Mental hospitals Bombay report 1921-28 - 1921-1928
Year: 1921
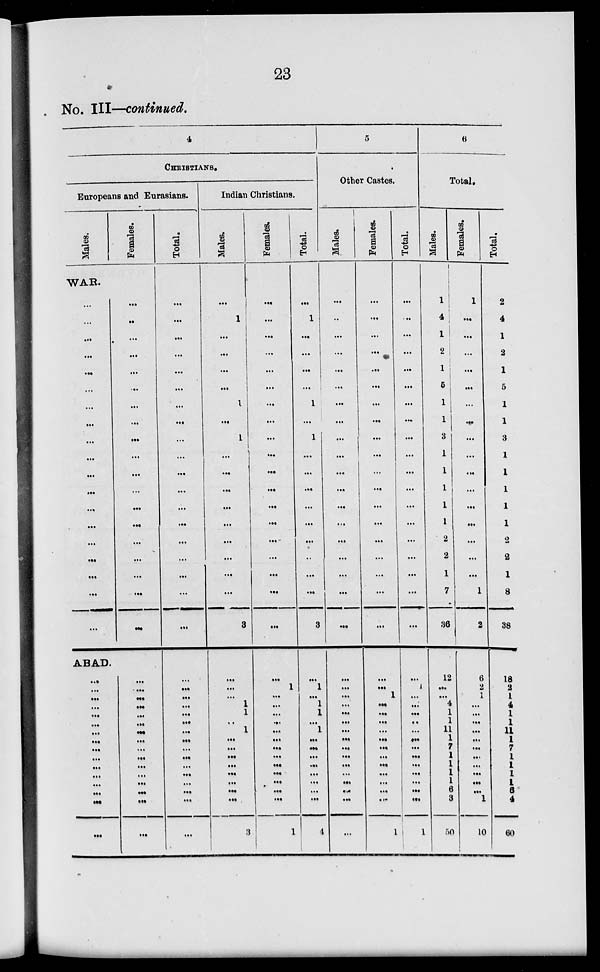
23
No. III—continued.
4
CHRISTIANS.
Europeans and Eurasians.
Males.
Females.
WAR.
...
...
...
...
...
...
...
...
...
...
...
...
...
...
...
...
...
...
...
...
...
...
...
...
...
...
...
...
...
...
...
...
...
...
...
...
...
...
ABAD.
...
...
...
...
...
...
...
...
...
...
...
...
...
...
...
...
...
...
...
...
...
...
...
...
...
...
...
...
...
...
...
...
Total.
...
...
...
...
...
...
...
...
...
...
...
...
...
...
...
...
...
...
...
...
...
...
...
...
...
...
...
...
...
...
...
...
...
...
...
Indian Christians.
Males.
...
1
...
...
...
...
1
...
1
...
...
...
...
...
...
...
...
...
3
...
...
...
1
1
...
1
...
...
...
...
...
...
...
...
3
Females.
...
...
...
...
...
...
...
...
...
...
...
...
...
...
...
...
...
...
...
...
1
...
...
...
...
...
...
...
...
...
...
...
...
...
1
Total.
...
1
...
...
...
...
1
...
1
...
...
...
...
...
...
...
...
...
3
...
1
...
1
1
...
1
...
...
...
...
...
...
...
...
4
5
Other Castes.
Males.
...
...
...
...
...
...
...
...
...
...
...
...
...
...
...
...
...
...
...
...
...
...
...
...
...
...
...
...
...
...
...
...
...
...
...
Females.
...
...
...
...
...
...
...
...
...
...
...
...
...
...
...
...
...
...
...
...
...
1
...
...
...
...
...
...
...
...
...
...
...
...
1
Total.
...
...
...
...
...
...
...
...
...
...
...
...
...
...
...
...
...
...
...
...
1
...
...
...
..
...
...
...
...
...
...
...
...
...
1
6
Total.
Males.
1
4
1
2
1
5
1
1
3
1
1
1
1
1
2
2
1
7
36
12
...
...
4
...
...
11
1
7
1
1
1
1
6
3
50
Females.
1
...
...
...
...
...
...
...
...
...
...
...
...
...
...
...
...
1
2
6
2
1
...
...
...
...
...
...
...
...
...
...
...
1
10
Total.
2
4
1
2
1
5
1
1
3
1
1
1
1
1
2
2
1
8
38
18
2
1
4
1
1
11
1
7
1
1
1
1
6
4
60